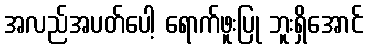
အလည်အပတ်ပေါ့ ရောက်ဖူးပြု ဘူးရှိအောင်